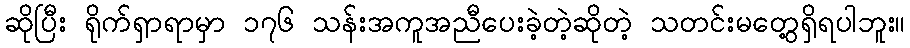
ဆိုပြီး ရိုက်ရှာရာမှာ ၁၇၆ သန်းအကူအညီပေးခဲ့တဲ့ဆိုတဲ့ သတင်းမတွေ့ရှိရပါဘူး။